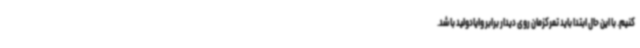
کنیم. با این حال ابتدا باید تمرکزمان روی دیدار برابر وایادولید باشد.